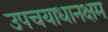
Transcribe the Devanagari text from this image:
उपचयाधानक्षम